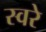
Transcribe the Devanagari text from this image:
स्वरे